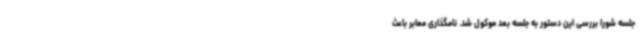
جلسه شورا بررسی این دستور به جلسه بعد موکول شد. نامگذاری‌ معابر باعث